Report on lock hospitals in British Burma
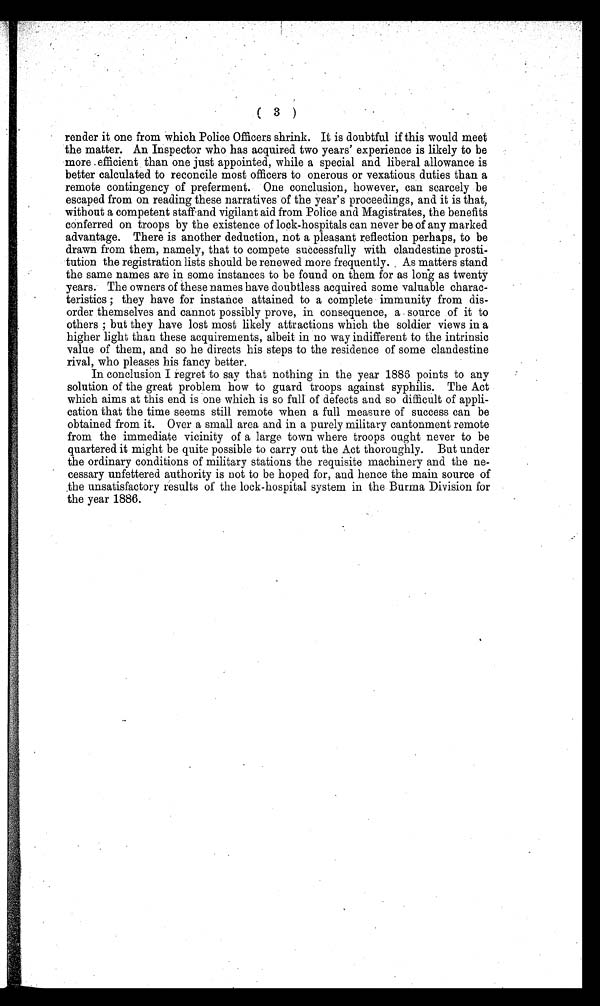
( 3 )
render it one from which Police Officers shrink. It is doubtful if this would meet
the matter. An Inspector who has acquired two years experience is likely to be
more . efficient than one just appointed, while a special and liberal allowance is
better calculated to reconcile most officers to onerous or vexatious duties than a
remote contingency of preferment. One conclusion, however, can scarcely be
escaped from on reading these narratives of the year's proceedings, and it is that,
without a competent staff and vigilant aid from Police and Magistrates, the benefits
conferred on troops by the existence of lock-hospitals can never be of any marked
advantage. There is another deduction, not a pleasant reflection perhaps, to be
drawn from them, namely, that to compete successfully with clandestine prosti-
tution the registration lists should be renewed more frequently. As matters stand
the same names are in some instances to be found on them for as long as twenty
years. The owners of these names have doubtless acquired some valuable charac-
teristics ; they have for instance attained to a complete immunity from dis-
order themselves and cannot possibly prove, in consequence, a . source of it to
others ; but they have lost most likely attractions which the soldier views in a
higher light than these acquirements, albeit in no way indifferent to the intrinsic
value of them, and so he directs his steps to the residence of some clandestine
rival, who pleases his fancy better.
In conclusion I regret to say that nothing in the year 1886 points to any
solution of the great problem how to guard troops against syphilis. The Act
which aims at this end is one which is so full. of defects and so difficult of appli-
cation that the time seems still remote when a full measure of success can be
obtained from it. Over a small area and in a purely military cantonment remote
from the immediate vicinity of a large. town where troops ought never to be
quartered it might be quite possible to carry out the Act thoroughly. But under
the ordinary conditions of military stations the requisite machinery and the ne-
cessary unfettered authority is not to be hoped for, and hence the main source of
the unsatisfactory results of the lock-hospital system in the Burma Division for
the year 1886.